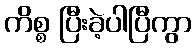
ကိစ္စ ပြီးခဲ့ပါပြီကွာ